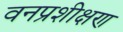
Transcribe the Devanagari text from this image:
वनप्रशीक्षण